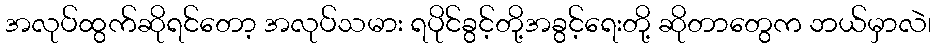
အလုပ်ထွက်ဆိုရင်တော့ အလုပ်သမား ရပိုင်ခွင့်တို့အခွင့်ရေးတို့ ဆိုတာတွေက ဘယ်မှာလဲ၊